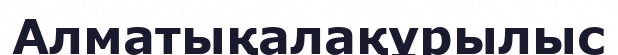
Алматықалақұрылыс